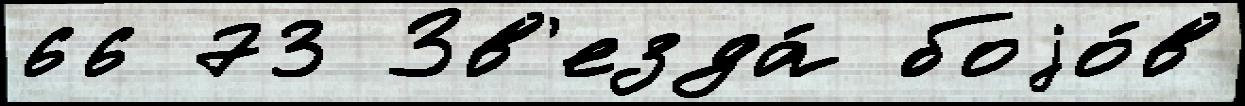
66 73 Зв'езда́ боjо́в